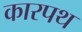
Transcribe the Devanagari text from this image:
कारपथ